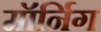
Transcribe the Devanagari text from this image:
मॉर्निग